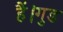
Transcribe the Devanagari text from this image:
हैं।गुड